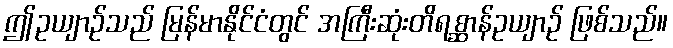
ဤဥယျာဉ်သည် မြန်မာနိုင်ငံတွင် အကြီးဆုံးတိရစ္ဆာန်ဥယျာဉ် ဖြစ်သည်။